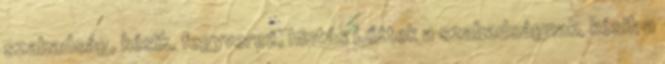
szabadság, késik, fegyverez, hintás Lőttek a szabadságnak, késik a